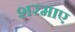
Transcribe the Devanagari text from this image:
शरमाए